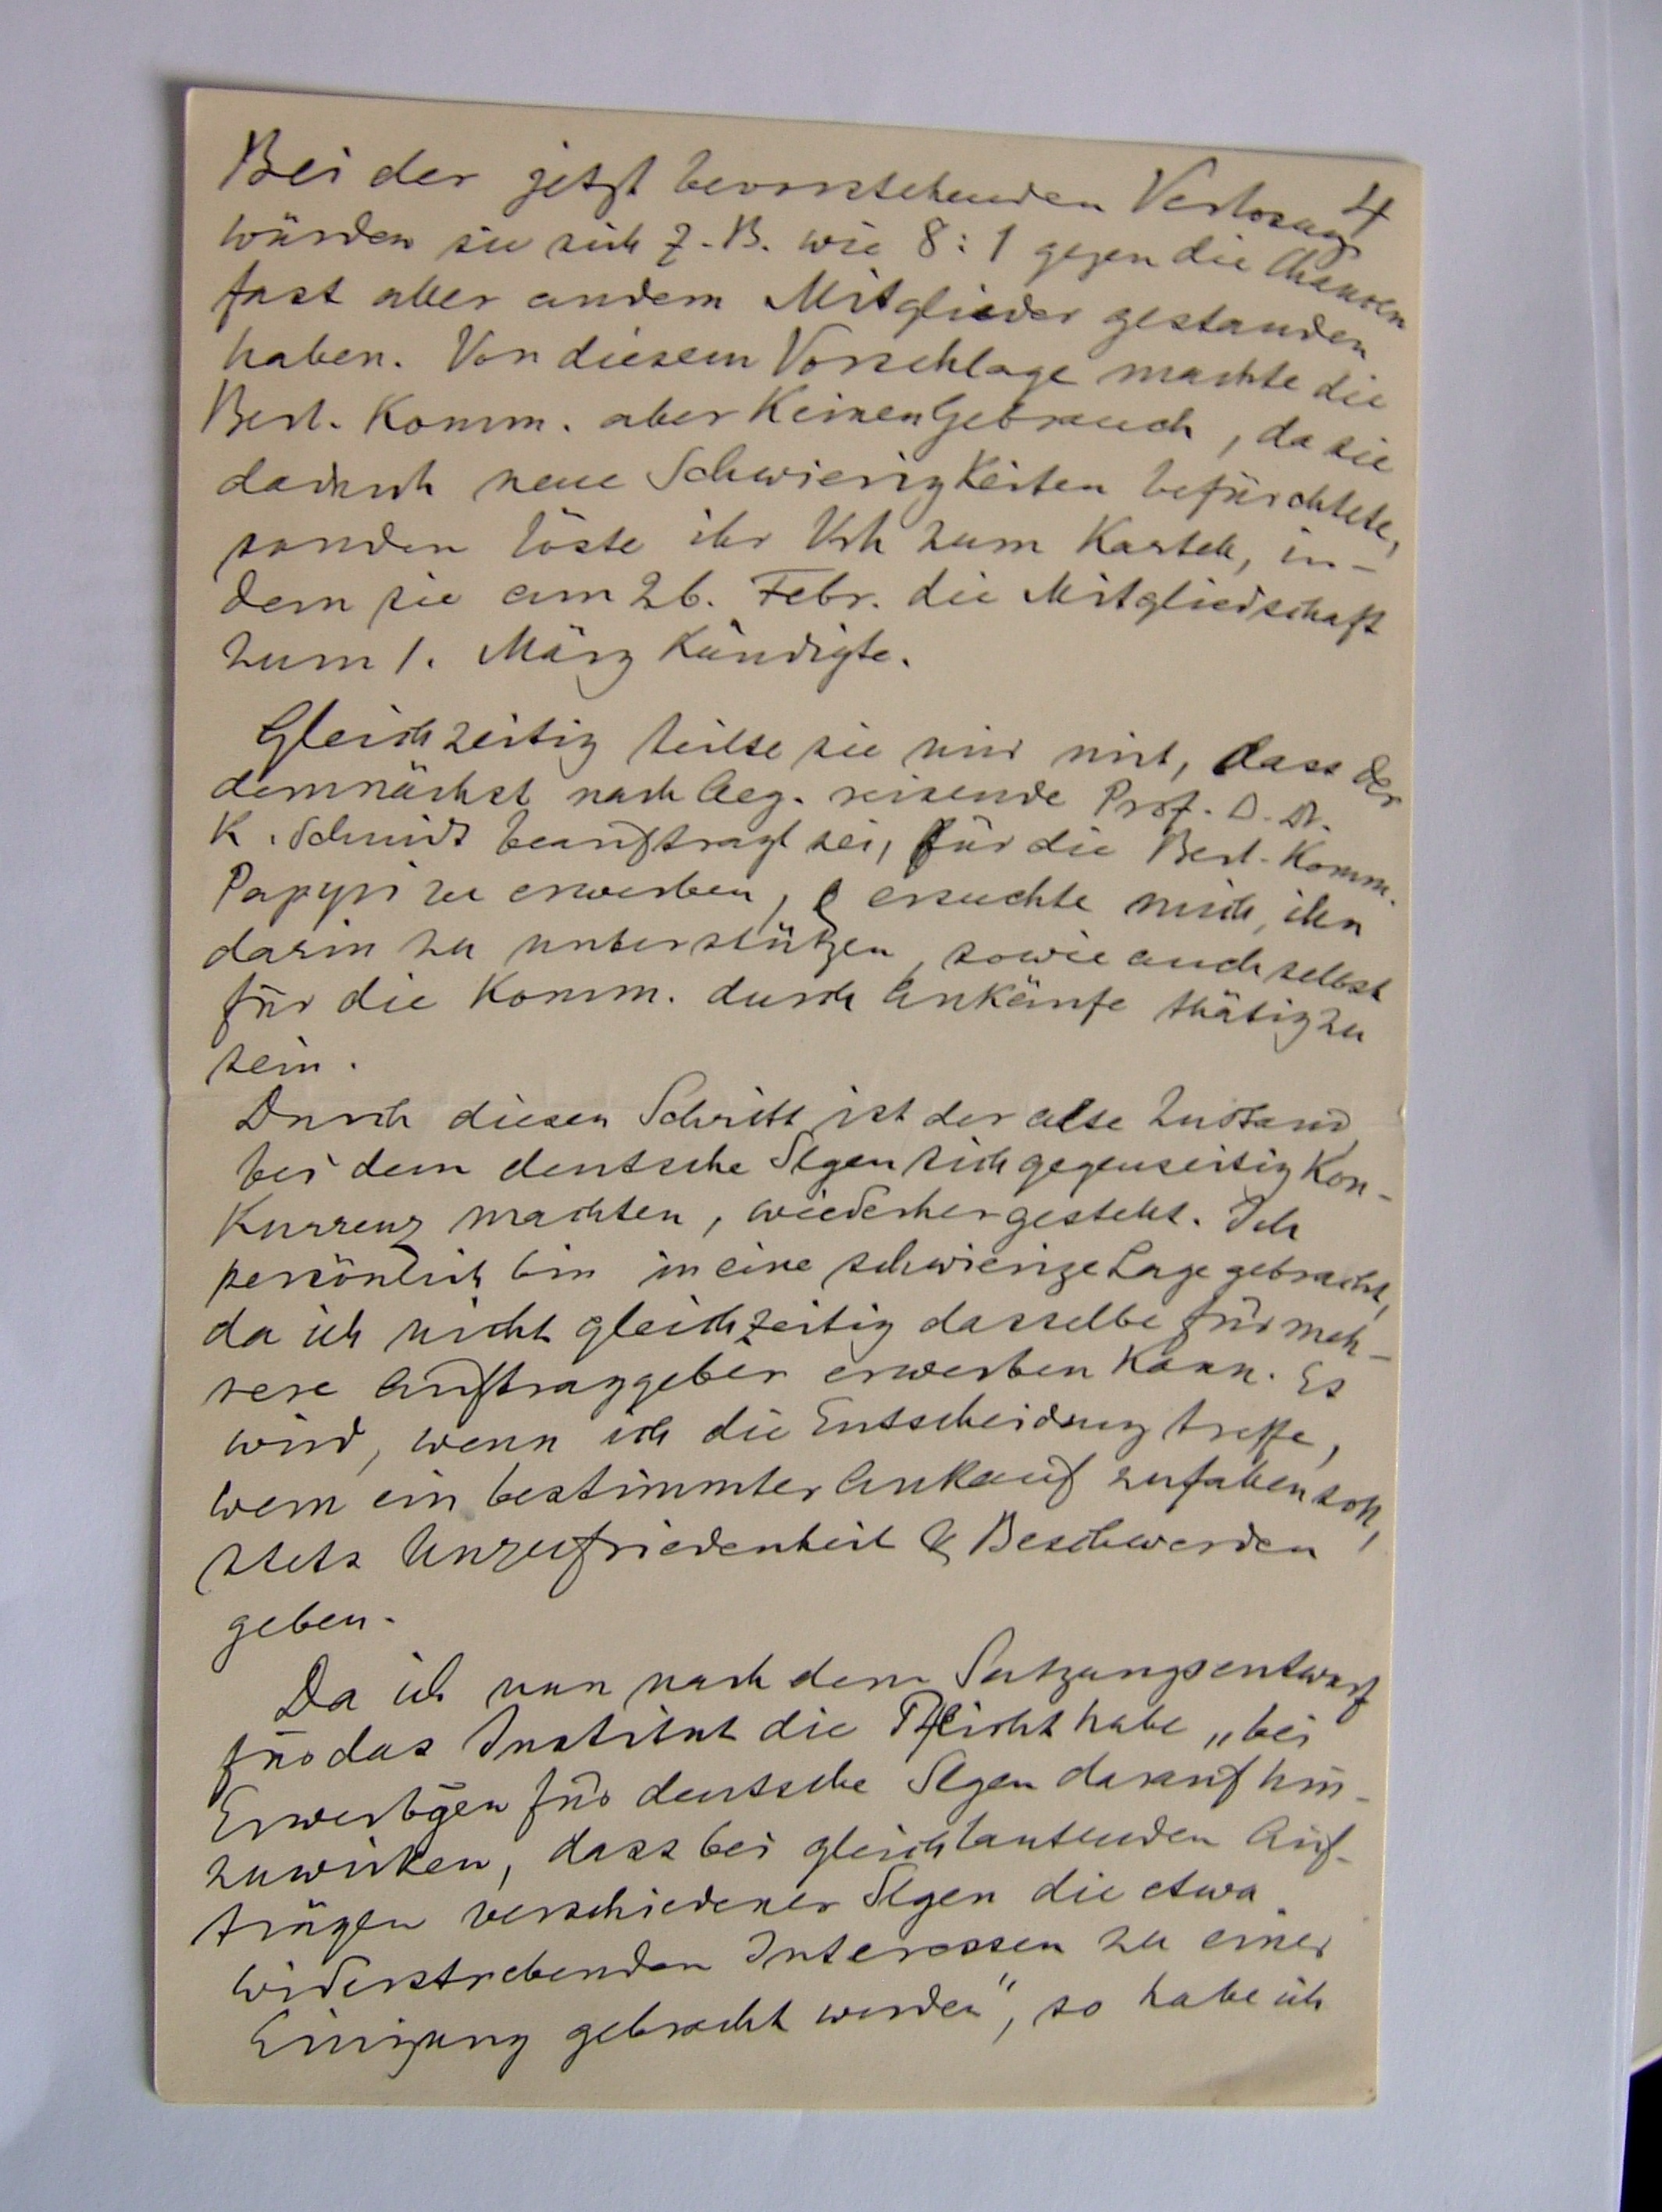
4
Bei der jetzt bevorstehenden Verlosung
würde sie auch z.B. wie 8:1 gegen die Chancen
fast aller andern Mitglieder gestanden
haben. Von diesem Vorschlage machte die
Berl. Komm. aber keinen Gebrauch, da sie
dadurch neue Schwierigkeiten befürchtete,
sondern löste ihr Vrh zum Kartell, in¬
dem sie am 26. Febr. die Mitgliedschaft
zum 1. März kündigte.
Gleichzeitig teilte sie mir mit, dass der
demnächst nach Aeg. reisende Prof. O. Dr.
K. Schmidt beauftragt sei, für die Berl. Komm.
Papyri zu erwerben, & ersuchte mich, ihn
darin zu unterstützen, sowie auch selbst
für die Komm. durch Ankäufe thätig zu
sein.
Durch diesen Schritt ist der alte Zustand,
bei dem deutsche Slgen sich gegenseitig Kon¬
kurrenz machten, wiederhergestellt. Ich
persönlich bin in eine schwierige Lage gebracht,
da ich nicht gleichzeitig dasselbe für meh¬
rere Auftraggeber erwerben kann. Es
wurd, wenn ich die Entscheidung treffe,
wem ein bestimmter Ankauf zufallen soll,
stets Unzufriedenheit und Beschwerden
geben.
Da ich nun nach dem Satzungsentwurf
für das Institut die Pflicht habe „bei
Erwerbgen für deutsche Slgen darauf hin¬
zuwirken, dass bei gleichlautenden Auf¬
trägen verschiedener Slgen die etwa
widerstrebenden Interessen zu einer
Einigung gebracht werden“, so habe ich